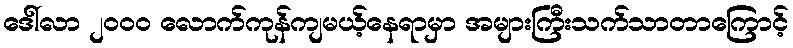
ဒေါ်လာ ၂၀၀၀ လောက်ကုန်ကျမယ့်နေရာမှာ အများကြီးသက်သာတာကြောင့်